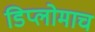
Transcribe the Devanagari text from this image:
डिप्लोमाच